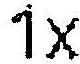
1X